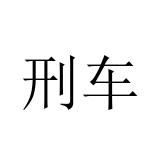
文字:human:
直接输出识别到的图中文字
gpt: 刑车